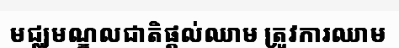
មជ្ឈមណ្ឌលជាតិផ្តល់ឈាម ត្រូវការឈាម